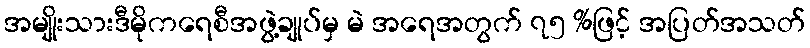
အမျိုးသားဒီမိုကရေစီအဖွဲ့ချုပ်မှ မဲ အရေအတွက် ၇၅ %ဖြင့် အပြတ်အသတ်